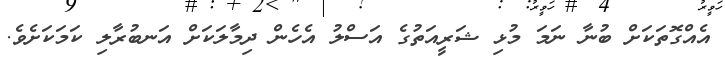
އެއްގޮތަކަށް ބުނާ ނަމަ މުޅި ޝަރީއަތުގެ އަސްލު އެހެން ދިމާލަކަށް އަނބުރާލި ކަމަކަށެވެ.